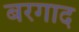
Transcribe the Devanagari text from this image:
बरगाद